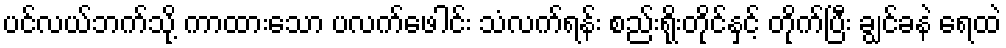
ပင်လယ်ဘက်သို့ ကာထားသော ပလက်ဖေါင်း သံလက်ရန်း စည်းရိုးတိုင်နှင့် တိုက်ပြီး ချွင်ခနဲ ရေထဲ